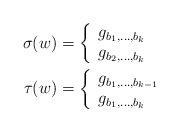
\begin{align*}\sigma(w) &=\left\{\begin{array}{ll} g_{b_1, \ldots, b_k} & \\ g_{b_2, \ldots, b_k} & \end{array}\right. \\\tau(w) &= \left\{\begin{array}{ll} g_{b_1, \ldots, b_{k-1}} & \\ g_{b_1, \ldots, b_k} & \end{array}\right. \end{align*}